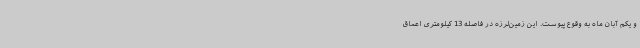
و یکم آبان ماه به وقوع پیوست. این زمین‌لرزه در فاصله 13 کیلومتری اعماق